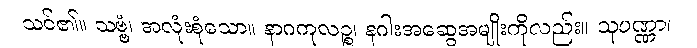
သင်၏။ သဗ္ဗံ၊ အလုံးစုံသော။ နာဂကုလဉ္စ၊ နဂါးအဆွေအမျိုးကိုလည်း။ သုပဏ္ဏာ၊